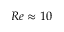
R e \approx 1 0